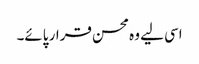
اسی لیے وہ محسن قرار پائے۔